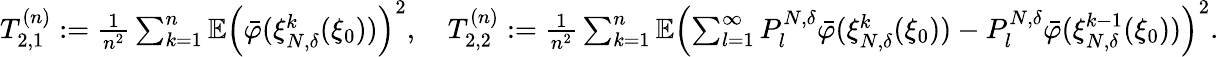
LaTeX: \begin{array}{r}{T_{2,1}^{(n)}:=\frac{1}{n^{2}}\sum_{k=1}^{n}\mathbb{E}\left(\bar{\varphi}(\xi_{N,\delta}^{k}(\xi_{0}))\right)^{2},\quad T_{2,2}^{(n)}:=\frac{1}{n^{2}}\sum_{k=1}^{n}\mathbb{E}\left(\sum_{l=1}^{\infty}P_{l}^{N,\delta}\bar{\varphi}(\xi_{N,\delta}^{k}(\xi_{0}))-P_{l}^{N,\delta}\bar{\varphi}(\xi_{N,\delta}^{k-1}(\xi_{0}))\right)^{2}.}\end{array}